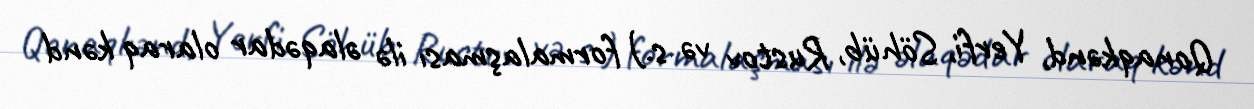
Qonaqkənd, Yerfi, Söhüb, Rustov və s.) formalaşması ilə əlaqədar olaraq kənd